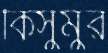
কিসুমুর